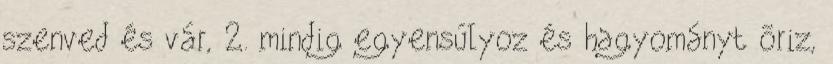
szenved és vár, 2. mindig egyensúlyoz és hagyományt õriz,